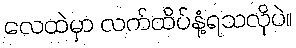
လေထဲမှာ လက်ထိပ်နံ့ရသလိုပဲ။